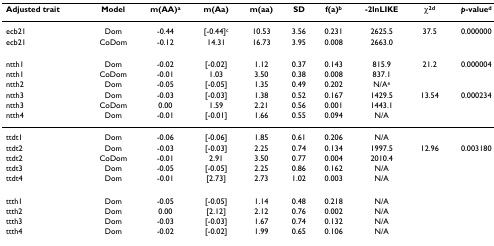
<table><thead><tr><td><b>Adjusted trait</b></td><td><b>Model</b></td><td><b>m(AA)<sup>a</sup></b></td><td><b>m(Aa)</b></td><td><b>m(aa)</b></td><td><b>SD</b></td><td><b>f(a)<sup>b</sup></b></td><td><b>-2lnLIKE</b></td><td><b>χ<sup>2d</sup></b></td><td><b><i>p</i>-value<sup>d</sup></b></td></tr></thead><tbody><tr><td>ecb21</td><td>Dom</td><td>-0.44</td><td>[-0.44]<sup>c</sup></td><td>10.53</td><td>3.56</td><td>0.231</td><td>2625.5</td><td>37.5</td><td>0.000000</td></tr><tr><td>ecb21</td><td>CoDom</td><td>-0.12</td><td>14.31</td><td>16.73</td><td>3.95</td><td>0.008</td><td>2663.0</td><td></td><td></td></tr><tr><td>ntth1</td><td>Dom</td><td>-0.02</td><td>[-0.02]</td><td>1.12</td><td>0.37</td><td>0.143</td><td>815.9</td><td>21.2</td><td>0.000004</td></tr><tr><td>ntth1</td><td>CoDom</td><td>-0.01</td><td>1.03</td><td>3.50</td><td>0.38</td><td>0.008</td><td>837.1</td><td></td><td></td></tr><tr><td>ntth2</td><td>Dom</td><td>-0.05</td><td>[-0.05]</td><td>1.35</td><td>0.49</td><td>0.202</td><td>N/A<sup>e</sup></td><td></td><td></td></tr><tr><td>ntth3</td><td>Dom</td><td>-0.03</td><td>[-0.03]</td><td>1.38</td><td>0.52</td><td>0.167</td><td>1429.5</td><td>13.54</td><td>0.000234</td></tr><tr><td>ntth3</td><td>CoDom</td><td>0.00</td><td>1.59</td><td>2.21</td><td>0.56</td><td>0.001</td><td>1443.1</td><td></td><td></td></tr><tr><td>ntth4</td><td>Dom</td><td>-0.01</td><td>[-0.01]</td><td>1.66</td><td>0.55</td><td>0.094</td><td>N/A</td><td></td><td></td></tr><tr><td>ttdt1</td><td>Dom</td><td>-0.06</td><td>[-0.06]</td><td>1.85</td><td>0.61</td><td>0.206</td><td>N/A</td><td></td><td></td></tr><tr><td>ttdt2</td><td>Dom</td><td>-0.03</td><td>[-0.03]</td><td>2.25</td><td>0.74</td><td>0.134</td><td>1997.5</td><td>12.96</td><td>0.003180</td></tr><tr><td>ttdt2</td><td>CoDom</td><td>-0.01</td><td>2.91</td><td>3.50</td><td>0.77</td><td>0.004</td><td>2010.4</td><td></td><td></td></tr><tr><td>ttdt3</td><td>Dom</td><td>-0.05</td><td>[-0.05]</td><td>2.25</td><td>0.86</td><td>0.162</td><td>N/A</td><td></td><td></td></tr><tr><td>ttdt4</td><td>Dom</td><td>-0.01</td><td>[2.73]</td><td>2.73</td><td>1.02</td><td>0.003</td><td>N/A</td><td></td><td></td></tr><tr><td>ttth1</td><td>Dom</td><td>-0.05</td><td>[-0.05]</td><td>1.14</td><td>0.48</td><td>0.218</td><td>N/A</td><td></td><td></td></tr><tr><td>ttth2</td><td>Dom</td><td>0.00</td><td>[2.12]</td><td>2.12</td><td>0.76</td><td>0.002</td><td>N/A</td><td></td><td></td></tr><tr><td>ttth3</td><td>Dom</td><td>-0.03</td><td>[-0.03]</td><td>1.67</td><td>0.74</td><td>0.132</td><td>N/A</td><td></td><td></td></tr><tr><td>ttth4</td><td>Dom</td><td>-0.02</td><td>[-0.02]</td><td>1.99</td><td>0.65</td><td>0.106</td><td>N/A</td><td></td><td></td></tr></tbody></table>